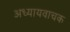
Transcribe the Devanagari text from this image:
अध्यायवाचक